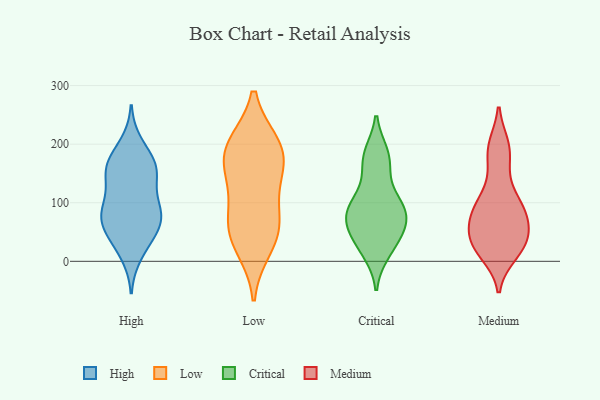
{"axis": {"x": "Shipments", "y": "Value"}, "legend": ["Critical", "High", "Low", "Medium"], "data": [{"x": "", "y": 141, "type": "High"}, {"x": "", "y": 34, "type": "High"}, {"x": "", "y": 12, "type": "High"}, {"x": "", "y": 79, "type": "High"}, {"x": "", "y": 71, "type": "High"}, {"x": "", "y": 153, "type": "High"}, {"x": "", "y": 42, "type": "High"}, {"x": "", "y": 166, "type": "High"}, {"x": "", "y": 100, "type": "High"}, {"x": "", "y": 172, "type": "High"}, {"x": "", "y": 150, "type": "High"}, {"x": "", "y": 81, "type": "High"}, {"x": "", "y": 97, "type": "High"}, {"x": "", "y": 65, "type": "High"}, {"x": "", "y": 161, "type": "High"}, {"x": "", "y": 200, "type": "High"}, {"x": "", "y": 71, "type": "High"}, {"x": "", "y": 195, "type": "Low"}, {"x": "", "y": 24, "type": "Low"}, {"x": "", "y": 199, "type": "Low"}, {"x": "", "y": 163, "type": "Low"}, {"x": "", "y": 68, "type": "Low"}, {"x": "", "y": 156, "type": "Low"}, {"x": "", "y": 61, "type": "Low"}, {"x": "", "y": 196, "type": "Low"}, {"x": "", "y": 116, "type": "Low"}, {"x": "", "y": 47, "type": "Low"}, {"x": "", "y": 58, "type": "Critical"}, {"x": "", "y": 177, "type": "Critical"}, {"x": "", "y": 27, "type": "Critical"}, {"x": "", "y": 98, "type": "Critical"}, {"x": "", "y": 182, "type": "Critical"}, {"x": "", "y": 41, "type": "Critical"}, {"x": "", "y": 165, "type": "Critical"}, {"x": "", "y": 67, "type": "Critical"}, {"x": "", "y": 83, "type": "Critical"}, {"x": "", "y": 110, "type": "Critical"}, {"x": "", "y": 88, "type": "Critical"}, {"x": "", "y": 78, "type": "Critical"}, {"x": "", "y": 17, "type": "Critical"}, {"x": "", "y": 76, "type": "Medium"}, {"x": "", "y": 99, "type": "Medium"}, {"x": "", "y": 44, "type": "Medium"}, {"x": "", "y": 43, "type": "Medium"}, {"x": "", "y": 197, "type": "Medium"}, {"x": "", "y": 191, "type": "Medium"}, {"x": "", "y": 90, "type": "Medium"}, {"x": "", "y": 17, "type": "Medium"}, {"x": "", "y": 115, "type": "Medium"}, {"x": "", "y": 192, "type": "Medium"}, {"x": "", "y": 19, "type": "Medium"}, {"x": "", "y": 93, "type": "Medium"}, {"x": "", "y": 50, "type": "Medium"}, {"x": "", "y": 33, "type": "Medium"}, {"x": "", "y": 80, "type": "Medium"}, {"x": "", "y": 155, "type": "Medium"}, {"x": "", "y": 73, "type": "Medium"}, {"x": "", "y": 31, "type": "Medium"}, {"x": "", "y": 13, "type": "Medium"}]}